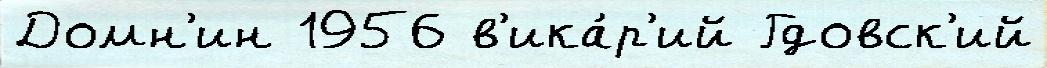
Домн'ин 1956 в'ика́р'ий Гдовск'ий